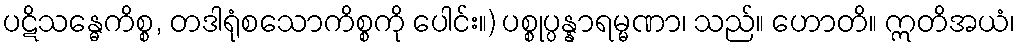
ပဋိသန္ဓေကိစ္စ, တဒါရုံစသောကိစ္စကို ပေါင်း။) ပစ္စုပ္ပန္နာရမ္မဏာ၊ သည်။ ဟောတိ။ ဣတိအယံ၊